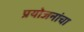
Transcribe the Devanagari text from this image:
प्रयोजनांचा